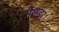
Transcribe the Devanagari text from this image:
नौशहर